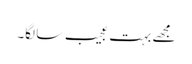
مجھے بہت عجیب سا لگا۔